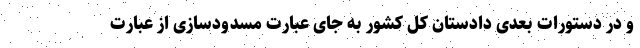
و در دستورات بعدی دادستان کل کشور به جای عبارت مسدودسازی از عبارت